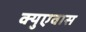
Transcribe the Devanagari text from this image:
क्युएवास